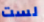
لست